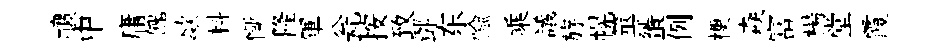
禳中庸餽歘料慚隆軍瓮按致酆东愉乘議斿幌筮蜑例梗猋富楊堂霞